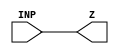
module NBUFFX32 (INP,Z);
	input INP;
	output Z;
assign Z = INP;
endmodule